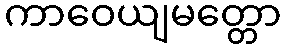
ကာဝေယျမတ္တော